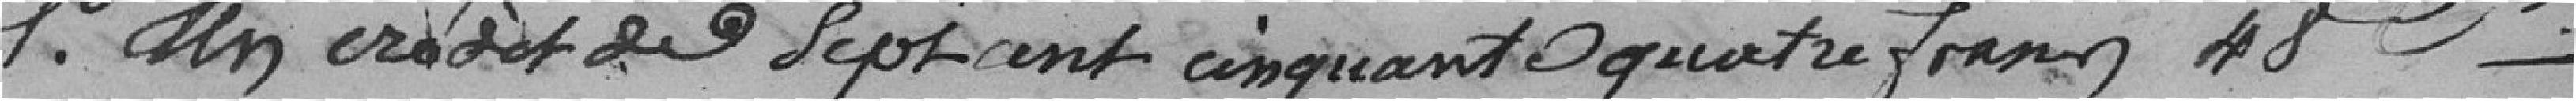
1° un crédit de sept cent cinquante quatre francs 48